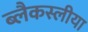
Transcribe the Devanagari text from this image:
ब्लैकस्लीया